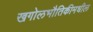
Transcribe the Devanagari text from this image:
खगोलभौतिकीमधील